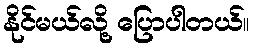
နိုင်မယ်လို့ ပြောပါတယ်။